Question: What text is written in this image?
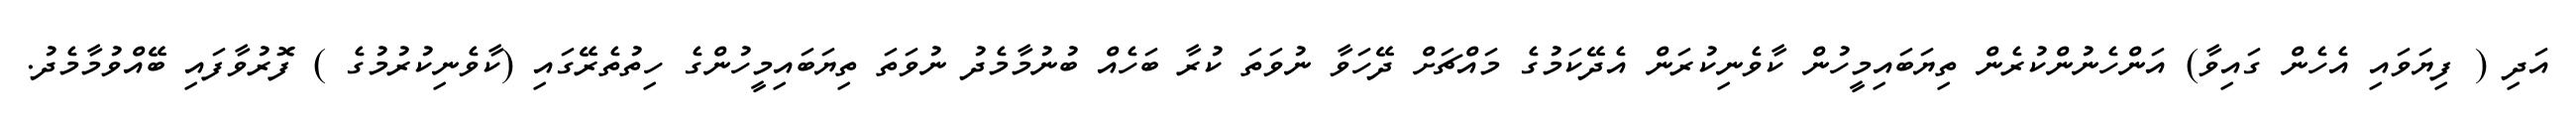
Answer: އަދި ( ފިޔަވައި އެހެން ގައިވާ) އަންހެނުންކުރެން ތިޔަބައިމީހުން ކާވެނިކުރަން އެދޭކަމުގެ މައްޗަށް ދޭހަވާ ނުވަތަ ކުރާ ބަހެއް ބުނުމާމެދު ނުވަތަ ތިޔަބައިމީހުންގެ ހިތުތެރޭގައި (ކާވެނިކުރުމުގެ ) ފޮރުވާފައި ބޭއްވުމާމެދު.